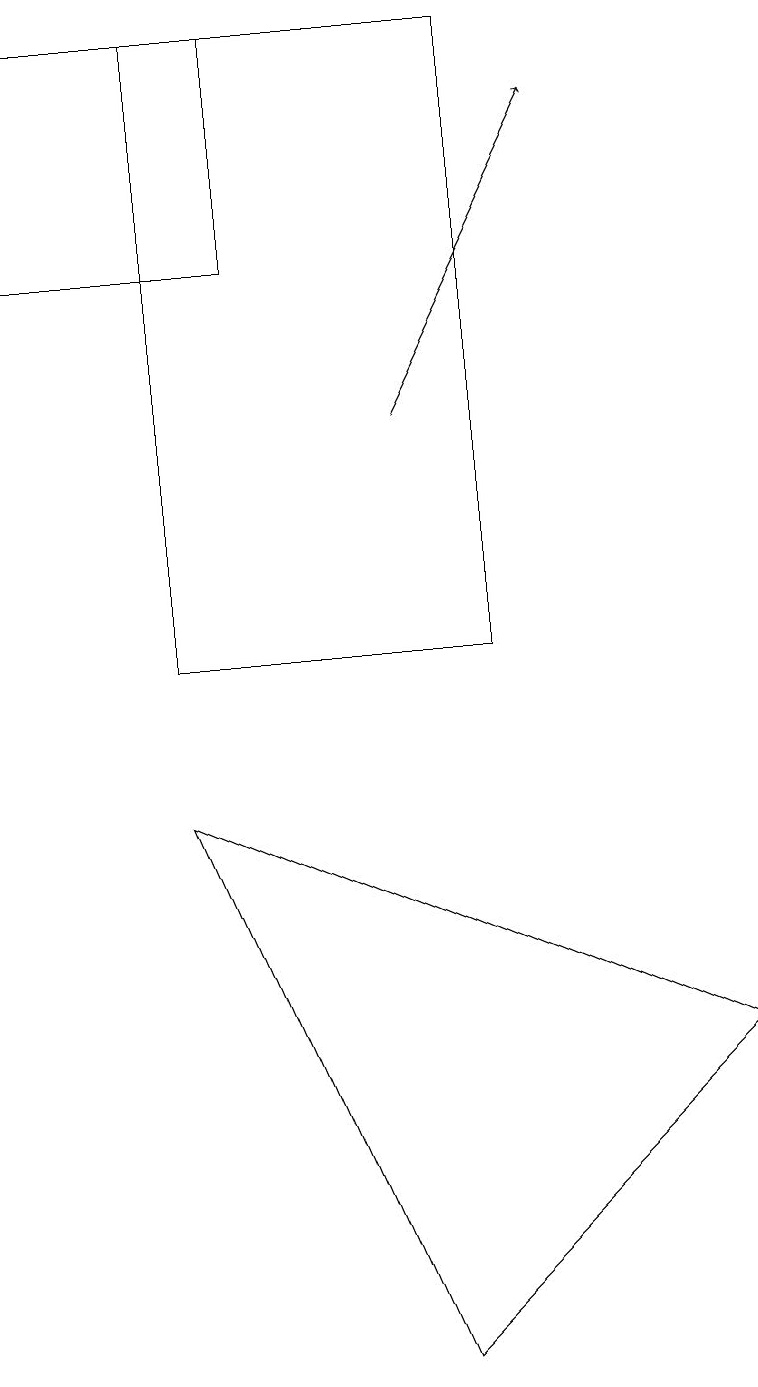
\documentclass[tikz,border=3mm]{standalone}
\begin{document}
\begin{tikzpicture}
\draw (9,5) -- (5,1) -- (2,8) -- cycle;
\draw (2,10) rectangle (6,18);
\draw (3,18) rectangle (0,15);
\draw[->] (5,13) -- (7,17);
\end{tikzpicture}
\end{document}